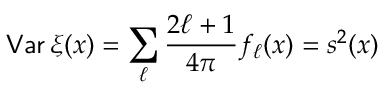
{ \mathsf { V a r } } \, \xi ( x ) = \sum _ { \ell } \frac { 2 \ell + 1 } { 4 \pi } f _ { \ell } ( x ) = s ^ { 2 } ( x )